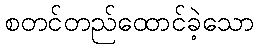
စတင်တည်ထောင်ခဲ့သော